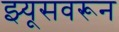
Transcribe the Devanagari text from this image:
झ्यूसवरून